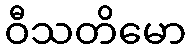
ဝီသတိမော